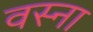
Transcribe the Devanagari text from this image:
वस्ना